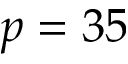
p = 3 5